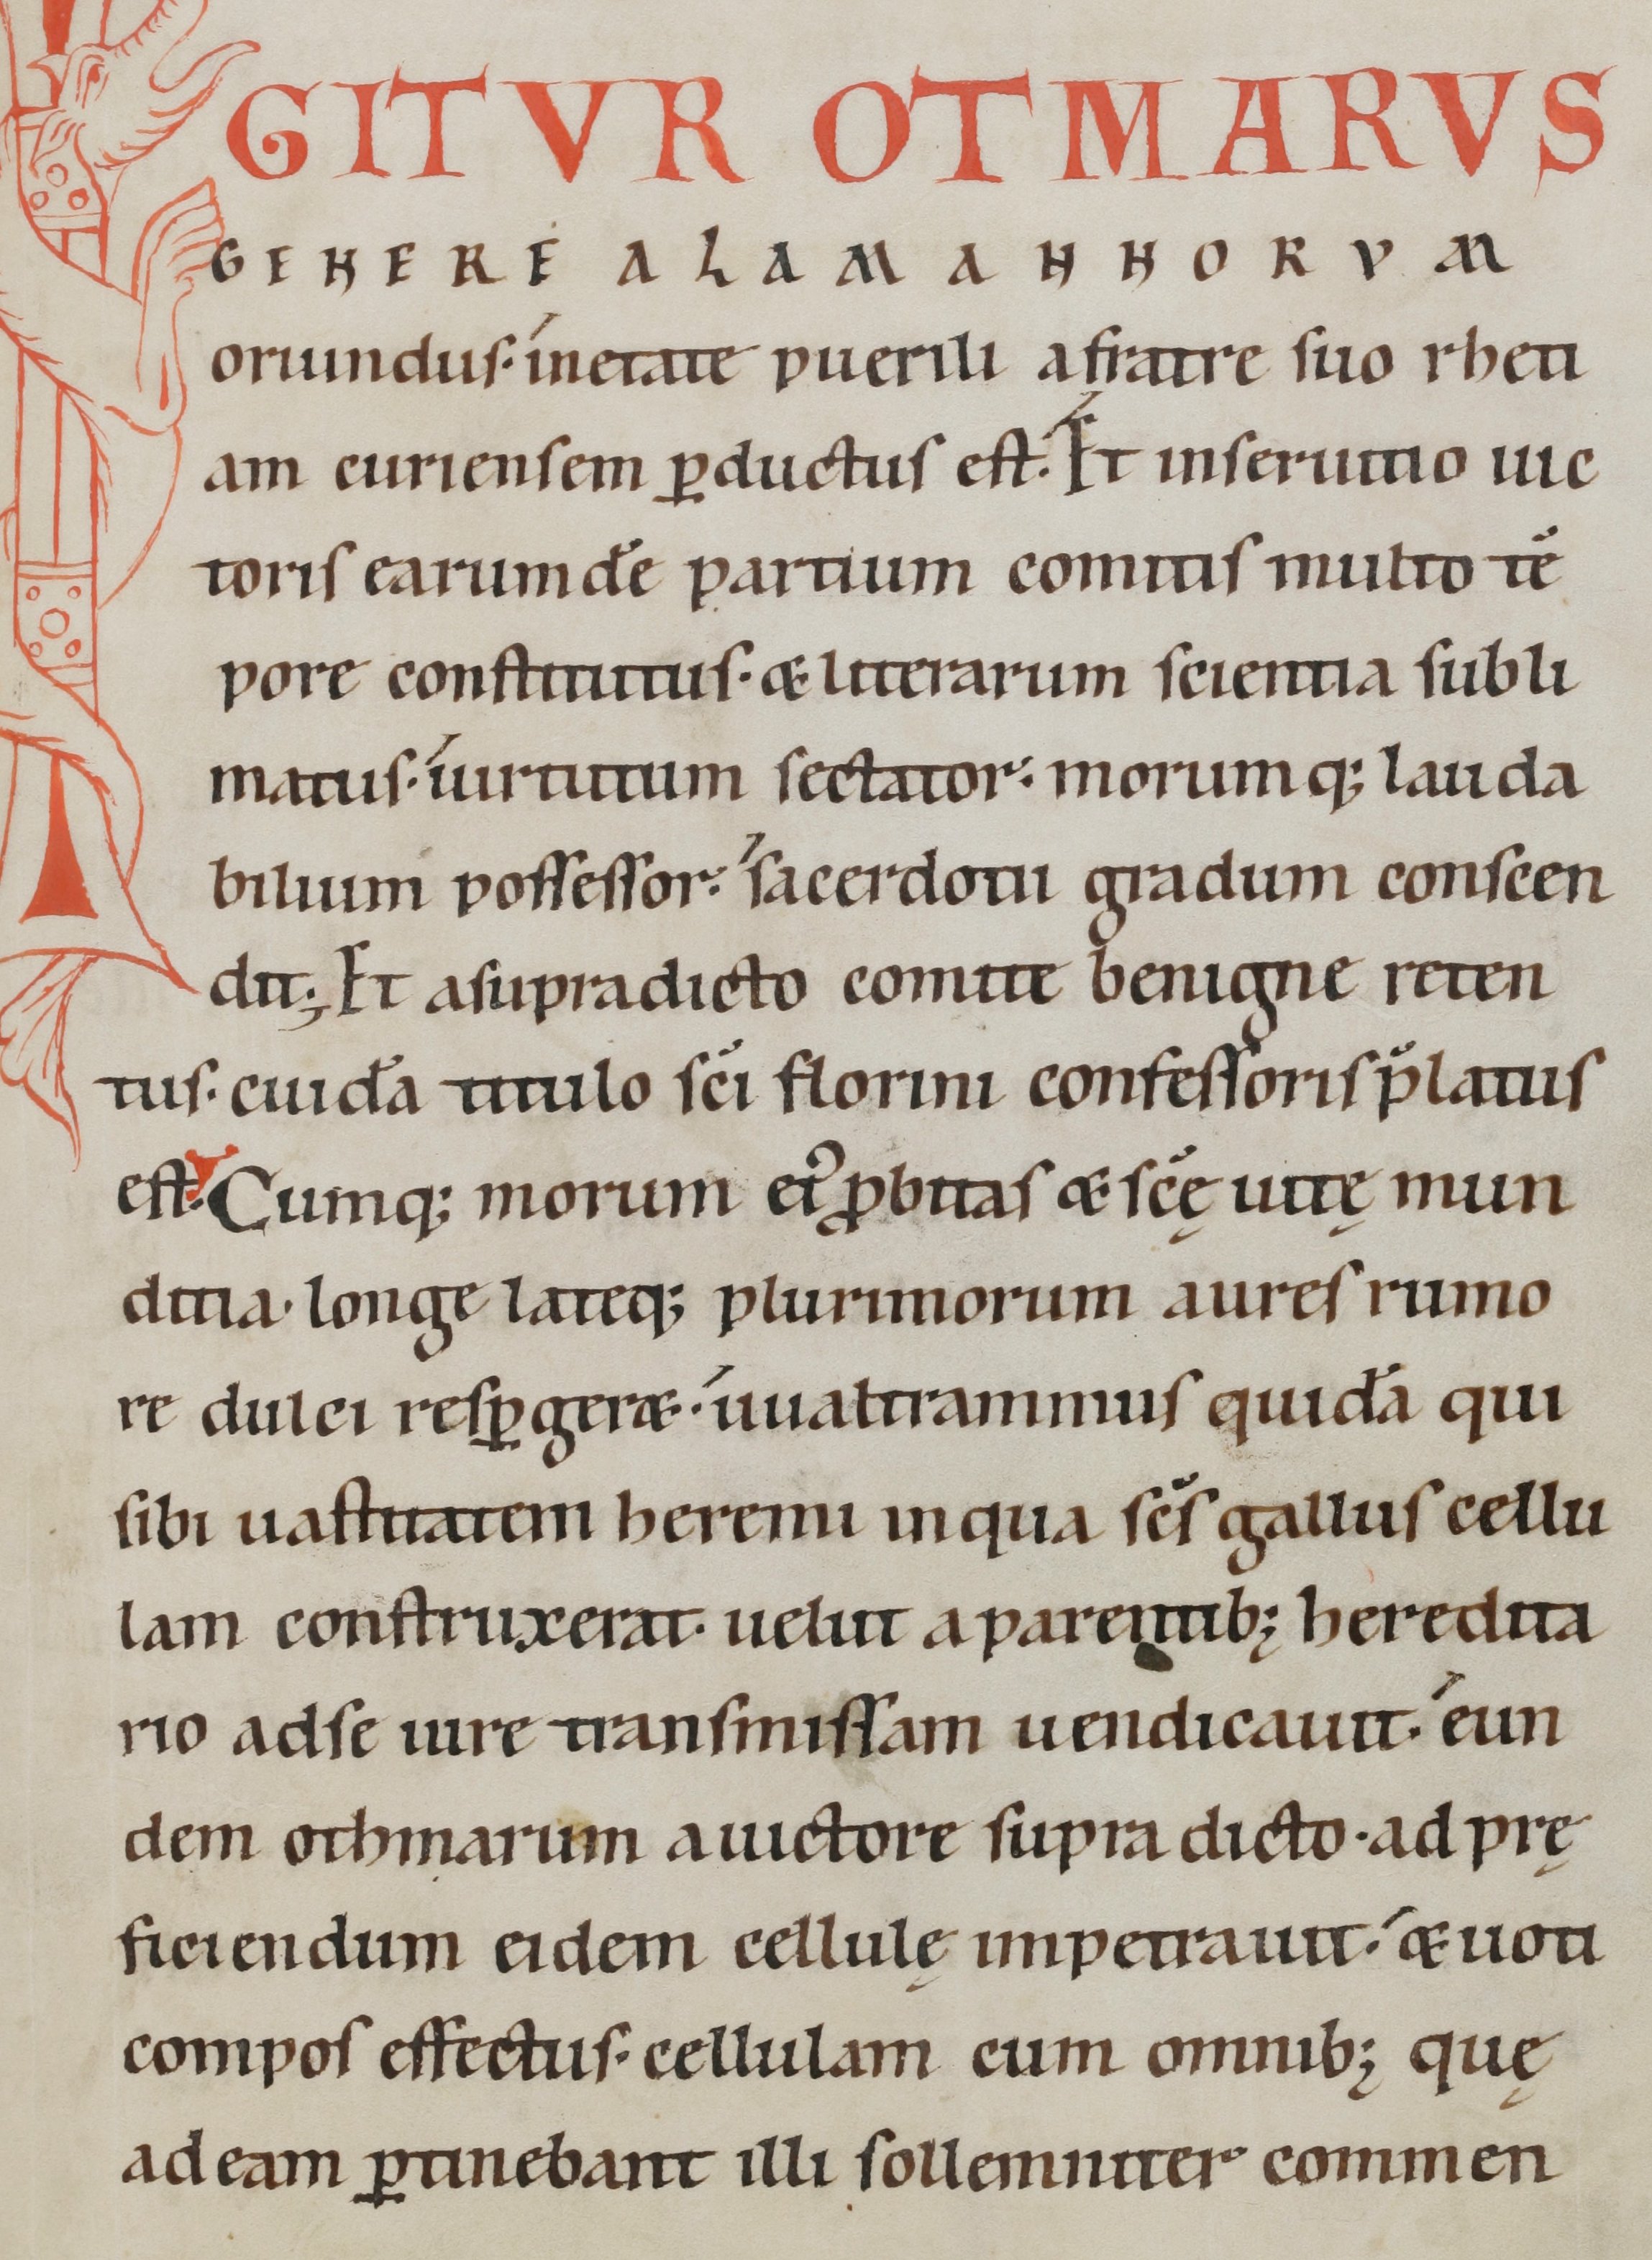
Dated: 1100–1199